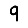
Digit: 9